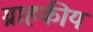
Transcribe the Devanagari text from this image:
ग्राहकीय